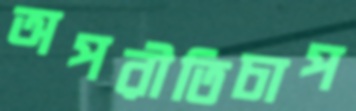
অপরীতিচাপ